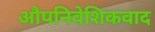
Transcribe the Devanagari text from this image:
औपनिवेशिकवाद